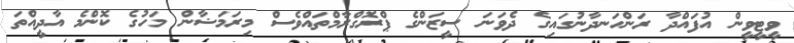
ވީޓީވީން އުފައްދާ ރަންހަނދާނުގައިގެ ދެވަނަ ސީޒަންގެ ޕްރޮގްރާމްތައްވެސް މިރަމަޟާން މަހުގެ ކޮންމެ އާދީއްތަ